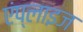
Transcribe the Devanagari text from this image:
एंप्लाइज